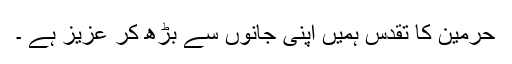
حرمین کا تقدس ہمیں اپنی جانوں سے بڑھ کر عزیز ہے ۔